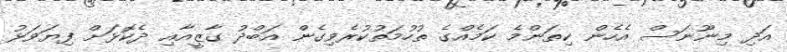
އަދި މިނޫނަސް އެހެން ކިތަންމެ ކަމެއްގެ ތުހުމަތުކުރެވިގެން އަބްދު ގާޒީއާއި ދެކޮޅަށް ފިޔަވަޅު